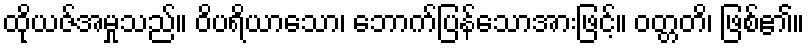
ထိုယဇ်အမှုသည်။ ဝိပရိယာသော၊ ဘောက်ပြန်သောအားဖြင့်။ ဝတ္တတိ၊ ဖြစ်၏။